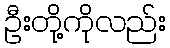
ဦးတို့ကိုလည်း